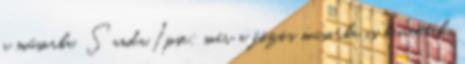
a műsorba. Sanda.Ipse: már a fözös müsorba is bevették.